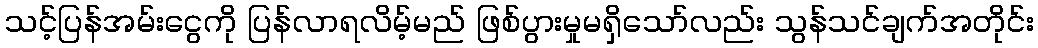
သင့်ပြန်အမ်းငွေကို ပြန်လာရလိမ့်မည် ဖြစ်ပွားမှုမရှိသော်လည်း သွန်သင်ချက်အတိုင်း